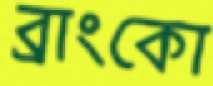
ব্রাংকো